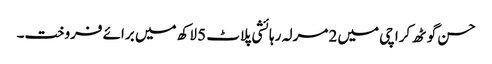
حسن گوٹھ کراچی میں 2 مرلہ رہائشی پلاٹ 5 لاکھ میں برائے فروخت۔